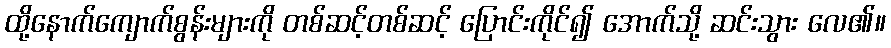
ထို့နောက်ကျောက်စွန်းများကို တစ်ဆင့်တစ်ဆင့် ပြောင်းကိုင်၍ အောက်သို့ ဆင်းသွား လေ၏။